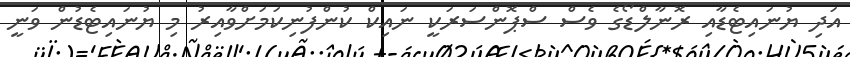
އަދި ޔުނައިޓެޑާއި ރޮނާލްޑޯގެ ވެސް ސްޕޮންސަރަކީ ނައިކް ކުންފުނިކަމަށްވާއިރު މި ޔުނައިޓެޑުން ވަނީ